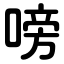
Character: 嗙